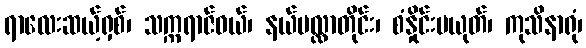
ရာလေးဆယ့်ရှစ်၊ သက္ကရာဇ်ဝယ်၊ နယ်မလ္လာတိုင်း၊ စံနှိုင်းမယုတ်၊ ကုသိနာရုံ၊